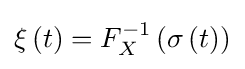
\xi \left(t\right)=F_{X}^{-1}\left(\sigma \left(t\right)\right)